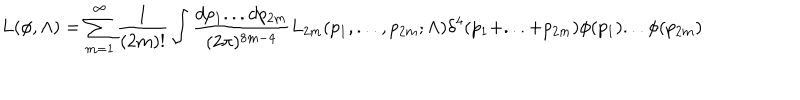
L ( \phi , \Lambda ) = \sum _ { m = 1 } ^ { \infty } { \frac { 1 } { ( 2 m ) ! } } \int { \frac { d p _ { 1 } . . . d p _ { 2 m } } { ( 2 \pi ) ^ { 8 m - 4 } } } L _ { 2 m } ( p _ { 1 } , . . . , p _ { 2 m } ; \Lambda ) \delta ^ { 4 } ( p _ { 1 } + . . . + p _ { 2 m } ) \phi ( p _ { 1 } ) . . . \phi ( p _ { 2 m } )